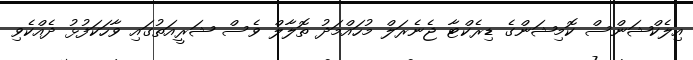
އިލެކްޝަންސް ކޮމިޝަންގެ ޑިރެކްޓާ ޖެނެރަލް މުހައްމަދު ތޮލާލް ވެސް ޝަރީއަތުގައި ވާހަކަފުޅު ދެއްކެވި